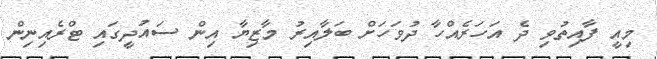
މިއީ ފާއިތުވި ދެ އަހަރެއްހާ ދުވަހަށް ބަލާއިރު މާޒިޔާ އިން ސައުދީގައި ޓްރެއިނިން